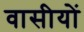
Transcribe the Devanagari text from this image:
वासीयों